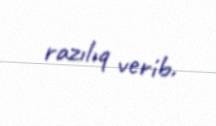
razılıq verib.